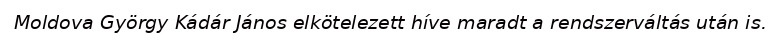
Moldova György Kádár János elkötelezett híve maradt a rendszerváltás után is.